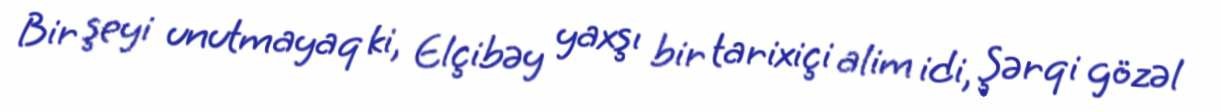
Bir şeyi unutmayaq ki, Elçibəy yaxşı bir tarixiçi alim idi, Şərqi gözəl